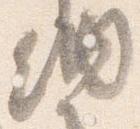
納